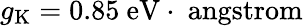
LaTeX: g_{\mathrm{K}}=0.85~\mathrm{eV\cdot\ angstrom}